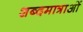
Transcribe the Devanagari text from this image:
शब्दमात्राओं